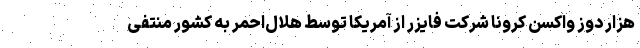
هزار دوز واکسن کرونا شرکت فایزر از آمریکا توسط هلال‌احمر به کشور منتفی